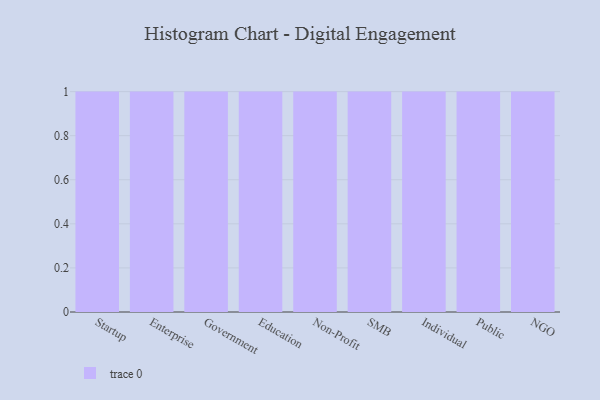
{"axis": {"x": "Segment", "y": "Active Users"}, "legend": [""], "data": [{"x": "Startup", "y": 25, "type": ""}, {"x": "Enterprise", "y": 25, "type": ""}, {"x": "Government", "y": 94, "type": ""}, {"x": "Education", "y": 75, "type": ""}, {"x": "Non-Profit", "y": 5, "type": ""}, {"x": "SMB", "y": 68, "type": ""}, {"x": "Individual", "y": 30, "type": ""}, {"x": "Public", "y": 44, "type": ""}, {"x": "NGO", "y": 100, "type": ""}]}